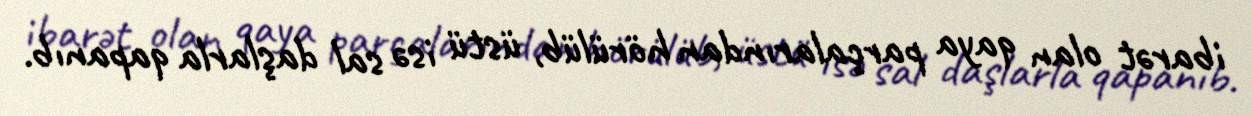
ibarət olan qaya parçalarından hörülüb, üstü isə sal daşlarla qapanıb.